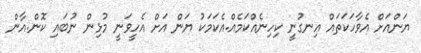
ޔަންއަށް އެވާހަކަތައް އިނގުނީ ކިހިނެއްކަމެއް.އެކަމަކު ޔަން އަށް އެހީވަނީ މުޅިން ނުބައި ކޮން.އާން